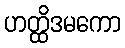
ဟတ္ထိဒမကော